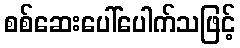
စစ်ဆေးပေါ်ပေါက်သဖြင့်